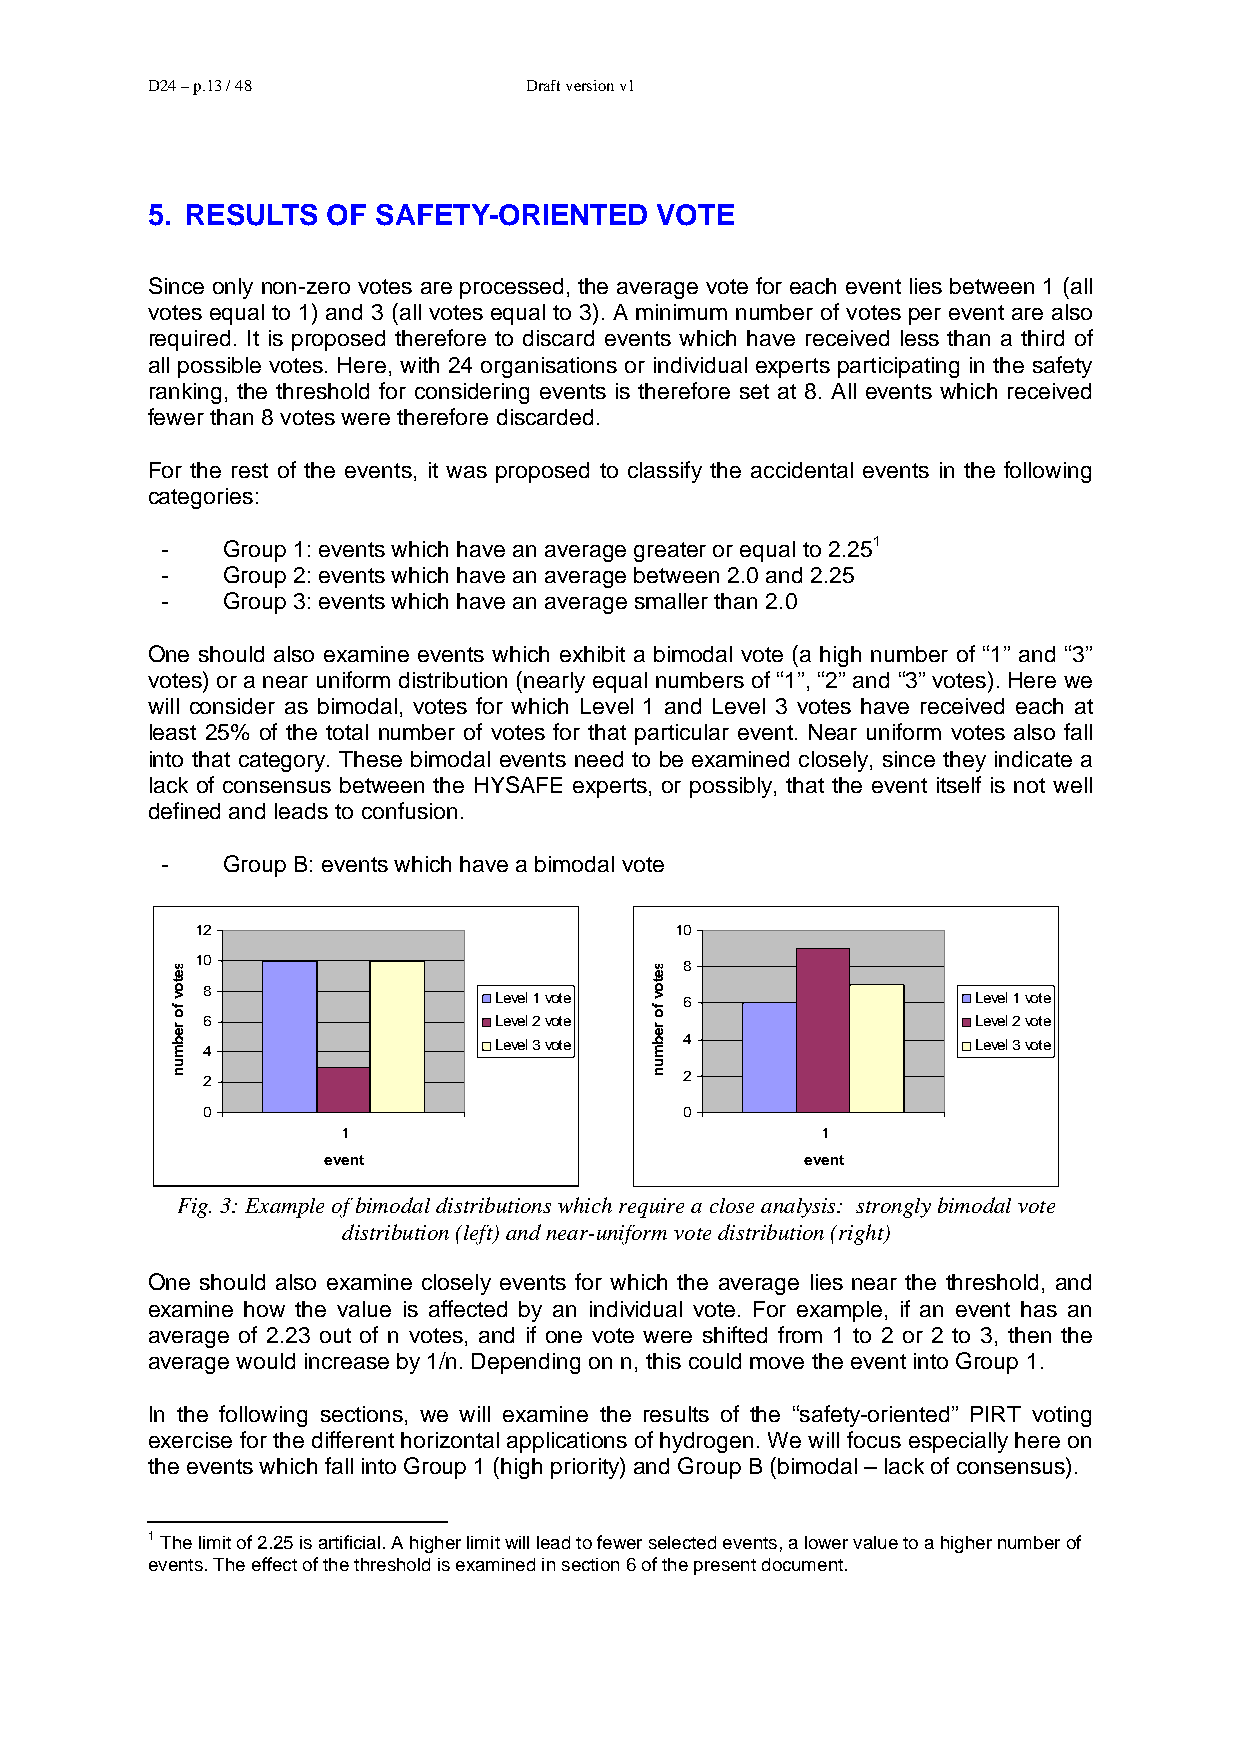
D24 – p.13 / 48          Draft version v1
 5. RESULTS  OF SAFETY-ORIENTED   VOTE
 Since only non-zero votes are processed, the average vote for each event lies between 1 (all
 votes equal to 1) and 3 (all votes equal to 3). A minimum number of votes per event are also
 required. It is proposed therefore to discard events which have received less than a third of
 all possible votes. Here, with 24 organisations or individual experts participating in the safety
 ranking, the threshold for considering events is therefore set at 8. All events which received
 fewer than 8 votes were therefore discarded.
 For the rest of the events, it was proposed to classify the accidental events in the following
 categories:
 -   Group 1: events which have an average greater or equal to 2.251
 -   Group 2: events which have an average between 2.0 and 2.25
 -   Group 3: events which have an average smaller than 2.0
 One should also examine events which exhibit a bimodal vote (a high number of “1” and “3”
 votes) or a near uniform distribution (nearly equal numbers of “1”, “2” and “3” votes). Here we
 will consider as bimodal, votes for which Level 1 and Level 3 votes have received each at
 least 25% of the total number of votes for that particular event. Near uniform votes also fall
 into that category. These bimodal events need to be examined closely, since they indicate a
 lack of consensus between the HYSAFE experts, or possibly, that the event itself is not well
 defined and leads to confusion.
 -   Group B: events which have a bimodal vote
 12                              10
 10                              8
 8
 Level 1 vote 6                  Level 1 vote
 6                   Level 2 vote                    Level 2 vote
 4                   Level 3 vote 4                  Level 3 vote
 2                               2
 0                               0
 1                              1
 event                           event
 Fig. 3: Example of bimodal distributions which require a close analysis: strongly bimodal vote
 distribution (left) and near-uniform vote distribution (right)
 One should also examine closely events for which the average lies near the threshold, and
 examine how the value is affected by an individual vote. For example, if an event has an
 average of 2.23 out of n votes, and if one vote were shifted from 1 to 2 or 2 to 3, then the
 average would increase by 1/n. Depending on n, this could move the event into Group 1.
 In the following sections, we will examine the results of the “safety-oriented” PIRT voting
 exercise for the different horizontal applications of hydrogen. We will focus especially here on
 the events which fall into Group 1 (high priority) and Group B (bimodal – lack of consensus).
 1 The limit of 2.25 is artificial. A higher limit will lead to fewer selected events, a lower value to a higher number of
 events. The effect of the threshold is examined in section 6 of the present document.
 setov
 fo
 rebmun
 setov
 fo
 rebmun